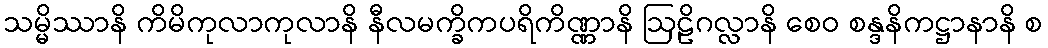
သမ္မိဿာနိ ကိမိကုလာကုလာနိ နီလမက္ခိကပရိကိဏ္ဏာနိ ဩဠိဂလ္လာနိ စေဝ စန္ဒနိကဋ္ဌာနာနိ စ